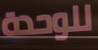
للوحدة